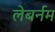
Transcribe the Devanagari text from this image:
लेबर्नम